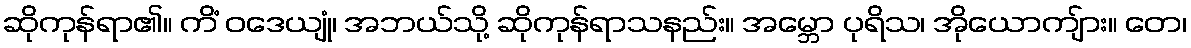
ဆိုကုန်ရာ၏။ ကိံ ဝဒေယျုံ၊ အဘယ်သို့ ဆိုကုန်ရာသနည်း။ အမ္ဘော ပုရိသ၊ အိုယောကျ်ား။ တေ၊